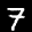
Label: 7